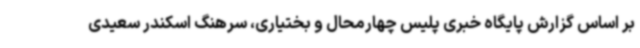
بر اساس گزارش پایگاه خبری پلیس چهارمحال و بختیاری، سرهنگ اسکندر سعیدی